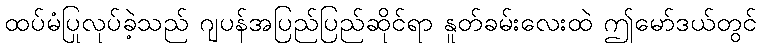
ထပ်မံပြုလုပ်ခဲ့သည် ဂျပန်အပြည်ပြည်ဆိုင်ရာ နူတ်ခမ်းလေးထဲ ဤမော်ဒယ်တွင်